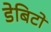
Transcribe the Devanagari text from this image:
डेबिटो